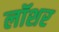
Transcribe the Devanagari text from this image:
लॉशर